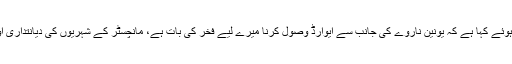
ڈاکٹر روبینہ شاہ نے نجی نیوز چینل سے گفتگو کرتے ہوئے کہا ہے کہ یونین ناروے کی جانب سے ایوارڈ وصول کرنا میرے لیے فخر کی بات ہے، مانچسٹر کے شہریوں کی دیانتداری اور انسانیت کے ساتھ خدمت کرنا میرے لیے اعزاز ہے۔